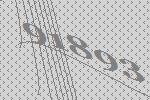
91893